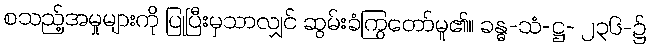
စသည့်အမှုများကို ပြုပြီးမှသာလျှင် ဆွမ်းခံကြွတော်မူ၏။ ခန္ဓ-သံ-ဋ္ဌ- ၂၃၆-၌